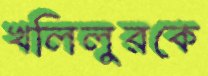
খলিলুরকে